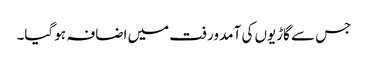
جس سے گاڑیوں کی آمد ورفت میں اضافہ ہو گیا۔